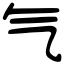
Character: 气